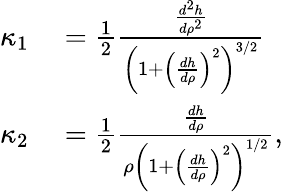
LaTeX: \begin{array}{rl}{\kappa_{1}}&{{}=\frac{1}{2}\frac{\frac{d^{2}h}{d\rho^{2}}}{\left(1+\left(\frac{dh}{d\rho}\right)^{2}\right)^{3/2}}}\\ {\kappa_{2}}&{{}=\frac{1}{2}\frac{\frac{dh}{d\rho}}{\rho\left(1+\left(\frac{dh}{d\rho}\right)^{2}\right)^{1/2}},}\end{array}